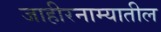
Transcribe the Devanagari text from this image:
जाहीरनाम्यातील